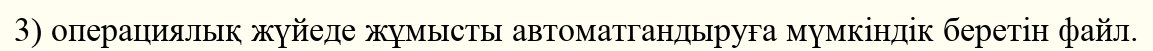
3) операциялық жүйеде жұмысты автоматгандыруға мүмкіндік беретін файл.